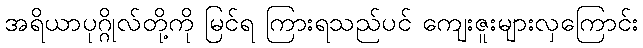
အရိယာပုဂ္ဂိုလ်တို့ကို မြင်ရ ကြားရသည်ပင် ကျေးဇူးများလှကြောင်း